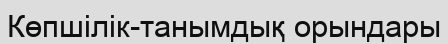
Көпшілік-танымдық орындары